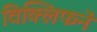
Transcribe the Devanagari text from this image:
विक्लिफने